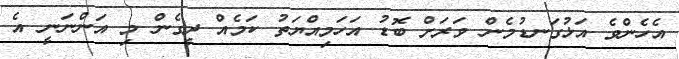
އެހެންވެ އަޅުގަނޑުމެން ވަރަށް ބޮޑު އަހަމިއްޔަތު ކަމެއް ދީގެން މި އަންނަނީ އެ